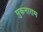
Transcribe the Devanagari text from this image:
मुकनाराम